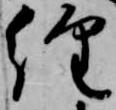
経